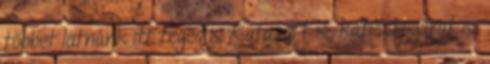
többet látnánk itt téged is Kataaa-t is, katicabogarat is.